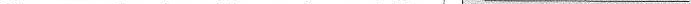
When you use less of something, you do a good thing 2.将文中①处画线的句子译